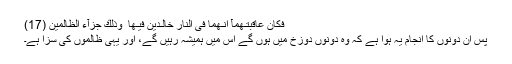
فَكَانَ عَاقِبَتَـهُمَآ اَنَّـهُمَا فِى النَّارِ خَالِـدَيْنِ فِيْـهَا ۚ وَذٰلِكَ جَزَآءُ الظَّالِمِيْنَ (17)
پس ان دونوں کا انجام یہ ہوا ہے کہ وہ دونوں دوزخ میں ہوں گے اس میں ہمیشہ رہیں گے، اور یہی ظالموں کی سزا ہے۔